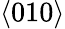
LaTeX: \langle 010\rangle